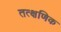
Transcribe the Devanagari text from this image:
तत्क्षणिक